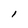
Character: l